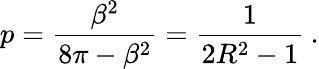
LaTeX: p=\displaystyle\frac{\beta^{2}}{8\pi-\beta^{2}}=\displaystyle\frac{1}{2R^{2}-1}\: .